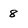
Character: 8